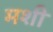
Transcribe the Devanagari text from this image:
मशी